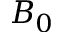
B _ { 0 }